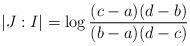
LaTeX: \begin{align*} |J: I| = \log \frac{(c-a) (d-b) } { (b-a) (d-c) } \end{align*}